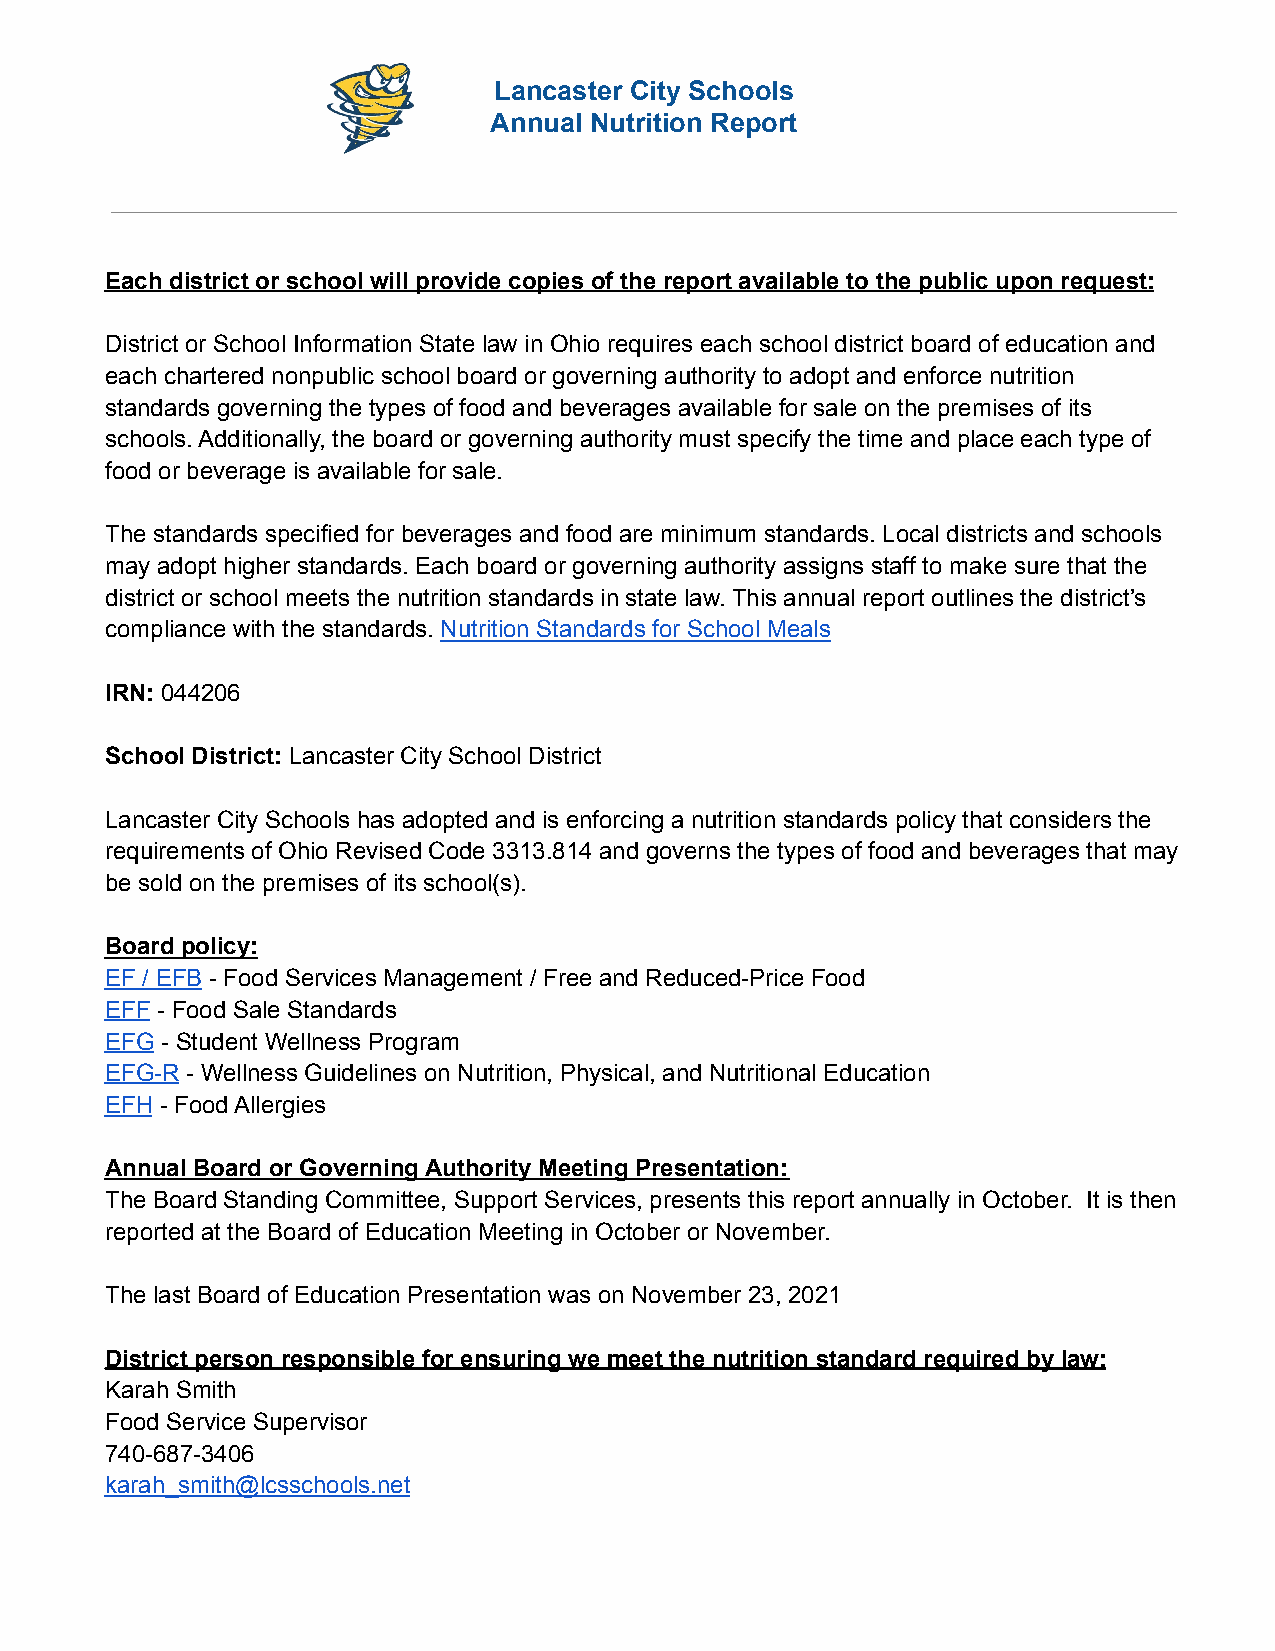
Lancaster City Schools
 Annual Nutrition Report
 Each district or school will provide copies of the report available to the public upon request:
 District or School Information State law in Ohio requires each school district board of education and
 each chartered nonpublic school board or governing authority to adopt and enforce nutrition
 standards governing the types of food and beverages available for sale on the premises of its
 schools. Additionally, the board or governing authority must specify the time and place each type of
 food or beverage is available for sale.
 The standards specified for beverages and food are minimum standards. Local districts and schools
 may adopt higher standards. Each board or governing authority assigns staff to make sure that the
 district or school meets the nutrition standards in state law. This annual report outlines the district’s
 compliance with the standards. Nutrition Standards for School Meals
 IRN: 044206
 School District: Lancaster City School District
 Lancaster City Schools has adopted and is enforcing a nutrition standards policy that considers the
 requirements of Ohio Revised Code 3313.814 and governs the types of food and beverages that may
 be sold on the premises of its school(s).
 Board policy:
 EF / EFB - Food Services Management / Free and Reduced-Price Food
 EFF - Food Sale Standards
 EFG - Student Wellness Program
 EFG-R - Wellness Guidelines on Nutrition, Physical, and Nutritional Education
 EFH - Food Allergies
 Annual Board or Governing Authority Meeting Presentation:
 The Board Standing Committee, Support Services, presents this report annually in October. It is then
 reported at the Board of Education Meeting in October or November.
 The last Board of Education Presentation was on November 23, 2021
 District person responsible for ensuring we meet the nutrition standard required by law:
 Karah Smith
 Food Service Supervisor
 740-687-3406
 karah_smith@lcsschools.net